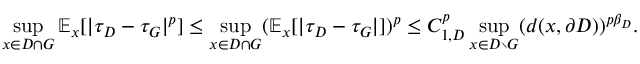
\operatorname* { s u p } _ { x \in { D \cap G } } \mathbb { E } _ { x } [ | \tau _ { D } - \tau _ { G } | ^ { p } ] \le \operatorname* { s u p } _ { x \in { D \cap G } } ( \mathbb { E } _ { x } [ | \tau _ { D } - \tau _ { G } | ] ) ^ { p } \le C _ { 1 , D } ^ { p } \operatorname* { s u p } _ { x \in D \setminus { G } } ( d ( x , \partial D ) ) ^ { p \beta _ { D } } .